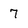
Character: 7